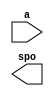
module baseball2(
  a,
  spo
);

input [5 : 0] a;
output [7 : 0] spo;

// synthesis translate_off

  DIST_MEM_GEN_V7_2 #(
    .C_ADDR_WIDTH(6),
    .C_DEFAULT_DATA("0"),
    .C_DEPTH(64),
    .C_FAMILY("spartan6"),
    .C_HAS_CLK(0),
    .C_HAS_D(0),
    .C_HAS_DPO(0),
    .C_HAS_DPRA(0),
    .C_HAS_I_CE(0),
    .C_HAS_QDPO(0),
    .C_HAS_QDPO_CE(0),
    .C_HAS_QDPO_CLK(0),
    .C_HAS_QDPO_RST(0),
    .C_HAS_QDPO_SRST(0),
    .C_HAS_QSPO(0),
    .C_HAS_QSPO_CE(0),
    .C_HAS_QSPO_RST(0),
    .C_HAS_QSPO_SRST(0),
    .C_HAS_SPO(1),
    .C_HAS_SPRA(0),
    .C_HAS_WE(0),
    .C_MEM_INIT_FILE("baseball2.mif"),
    .C_MEM_TYPE(0),
    .C_PARSER_TYPE(1),
    .C_PIPELINE_STAGES(0),
    .C_QCE_JOINED(0),
    .C_QUALIFY_WE(0),
    .C_READ_MIF(1),
    .C_REG_A_D_INPUTS(0),
    .C_REG_DPRA_INPUT(0),
    .C_SYNC_ENABLE(1),
    .C_WIDTH(8)
  )
  inst (
    .A(a),
    .SPO(spo),
    .D(),
    .DPRA(),
    .SPRA(),
    .CLK(),
    .WE(),
    .I_CE(),
    .QSPO_CE(),
    .QDPO_CE(),
    .QDPO_CLK(),
    .QSPO_RST(),
    .QDPO_RST(),
    .QSPO_SRST(),
    .QDPO_SRST(),
    .DPO(),
    .QSPO(),
    .QDPO()
  );

// synthesis translate_on

endmodule